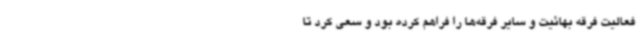
فعالیت فرقه بهائیت و سایر فرقه‌ها را فراهم کرده بود و سعی کرد تا